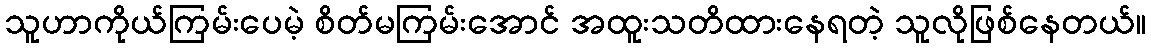
သူဟာကိုယ်ကြမ်းပေမဲ့ စိတ်မကြမ်းအောင် အထူးသတိထားနေရတဲ့ သူလိုဖြစ်နေတယ်။